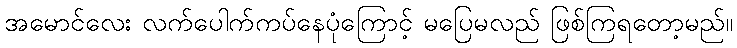
အမောင်လေး လက်ပေါက်ကပ်နေပုံကြောင့် မပြေမလည် ဖြစ်ကြရတော့မည်။